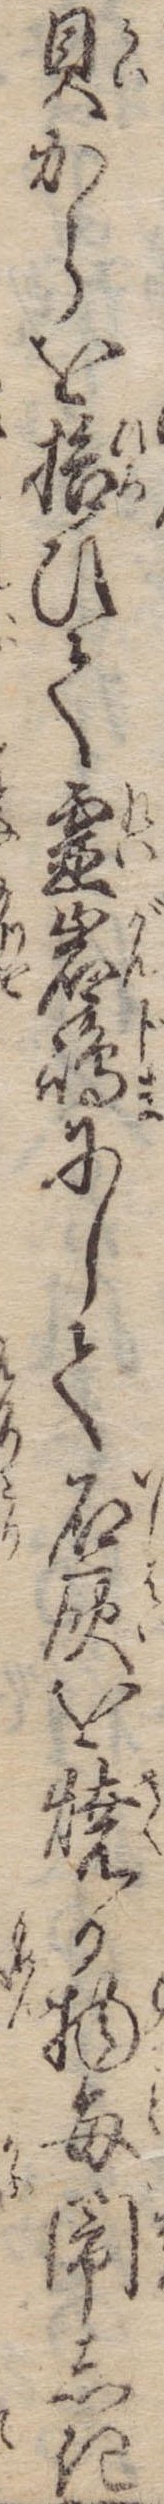
貝からを拾ひて霊岩島にして石灰を焼か物毎閙しき